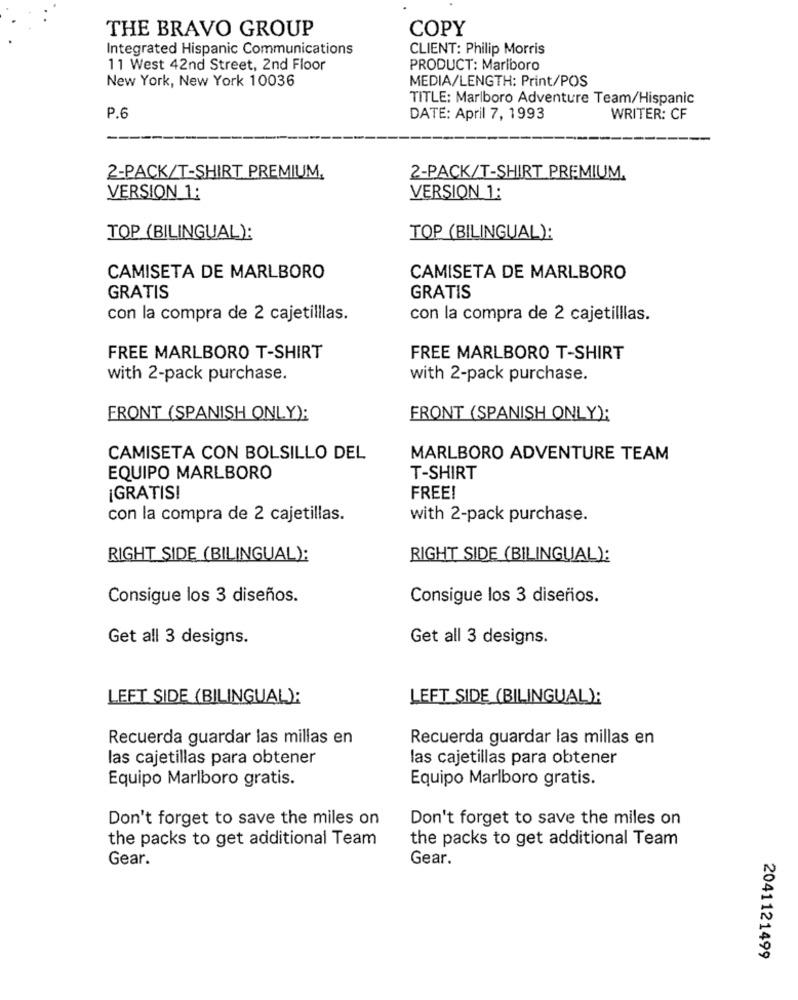
THE BRAVO GROUP
COPY
Integrated Hispanic Communications
CLIENT: Philip Morris
11 West 42nd Street, 2nd Floor
PRODUCT: Marlboro
New York, New York 10036
MEDIA/LENGTH: Print/POS
TITLE: Marlboro Adventure Team/Hispanic
P.6
DATE: April 7, 1993
WRITER: CF
2-PACK/T-SHIRT PREMIUM,
2-PACK/T-SHIRT PREMIUM.
VERSION 1:
VERSION 1:
TOP (BILINGUAL):
TOP (BILINGUAL):
CAMISETA DE MARLBORO
CAMISETA DE MARLBORO
GRATIS
GRATIS
con la compra de 2 cajetilllas.
con la compra de 2 cajetilllas.
FREE MARLBORO T-SHIRT
FREE MARLBORO T-SHIRT
with 2-pack purchase.
with 2-pack purchase.
FRONT (SPANISH ONLY):
FRONT (SPANISH ONLY);
CAMISETA CON BOLSILLO DEL
MARLBORO ADVENTURE TEAM
EQUIPO MARLBORO
T-SHIRT
IGRATIS!
FREE!
con la compra de 2 cajetillas.
with 2-pack purchase.
RIGHT SIDE (BILINGUAL):
RIGHT SIDE (BILINGUAL):
Consigue los 3 diseños.
Consigue los 3 diseños.
Get all 3 designs.
Get all 3 designs.
LEFT SIDE (BILINGUAL);
LEFT SIDE (BILINGUAL);
Recuerda guardar las millas en
Recuerda guardar las millas en
las cajetillas para obtener
las cajetillas para obtener
Equipo Marlboro gratis.
Equipo Marlboro gratis.
Don't forget to save the miles on
Don't forget to save the miles on
the packs to get additional Team
the packs to get additional Team
Gear.
Gear.
2041121499